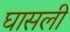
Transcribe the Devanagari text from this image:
घासली